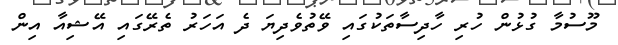
މޫސުމާ ގުޅުން ހުރި ހާދިސާތަކުގައި ވޭތުވެދިޔަ ދެ އަހަރު ތެރޭގައި އޭޝިއާ އިން